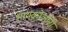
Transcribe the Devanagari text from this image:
सायकोलोनी